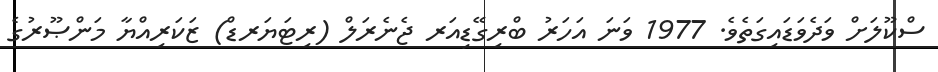
ސްކޫލަށް ވަދެވަޑައިގަތެވެ. 1977 ވަނަ އަހަރު ބްރިގޭޑިއަރ ޖެނެރަލް (ރިޓަޔަރޑް) ޒަކަރިއްޔާ މަންޞޫރުގެ